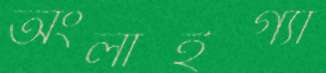
অংলাইগ্যা